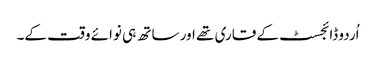
اُردو ڈائجسٹ کے قاری تھے اور ساتھ ہی نوائے وقت کے۔